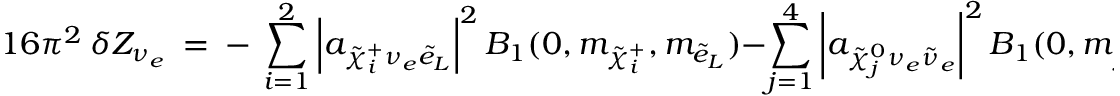
1 6 \pi ^ { 2 } ~ \delta Z _ { \nu _ { e } } \ = \ - \ \sum _ { i = 1 } ^ { 2 } \left| a _ { \tilde { \chi } _ { i } ^ { + } \nu _ { e } \tilde { e } _ { L } } \right| ^ { 2 } B _ { 1 } ( 0 , m _ { \tilde { \chi } _ { i } ^ { + } } , m _ { \tilde { e } _ { L } } ) - \sum _ { j = 1 } ^ { 4 } \left| a _ { \tilde { \chi } _ { j } ^ { 0 } \nu _ { e } \tilde { \nu } _ { e } } \right| ^ { 2 } B _ { 1 } ( 0 , m _ { \tilde { \chi } _ { j } ^ { 0 } } , m _ { \tilde { \nu } _ { e } } ) ~ ,